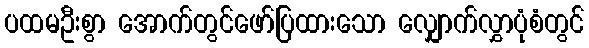
ပထမဦးစွာ အောက်တွင်ဖော်ပြထားသော လျှောက်လွှာပုံစံတွင်